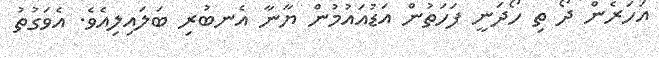
އަހަރެން ދޯ ތި ހޯދަނީ ފަހަތުން އަޑުއައުމުން ޔާނާ އެނބުރި ބަލައިލިއެވެ. އެވަގުތު